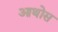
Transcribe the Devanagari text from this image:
आथोस